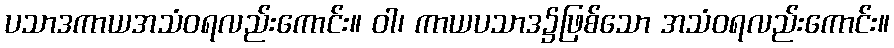
ပသာဒကာယအသံဝရလည်းကောင်း။ ဝါ၊ ကာယပသာဒ၌ဖြစ်သော အသံဝရလည်းကောင်း။